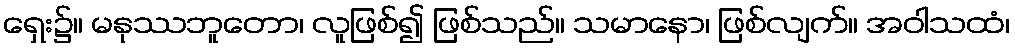
ရှေး၌။ မနုဿဘူတော၊ လူဖြစ်၍ ဖြစ်သည်။ သမာနော၊ ဖြစ်လျက်။ အဝါသထံ၊